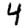
Digit: 4